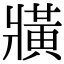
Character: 𤖖